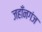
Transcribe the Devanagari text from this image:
जहाँनगंज